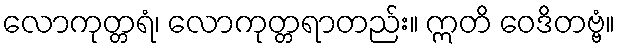
လောကုတ္တရံ၊ လောကုတ္တရာတည်း။ ဣတိ ဝေဒိတဗ္ဗံ။